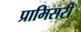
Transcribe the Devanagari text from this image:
प्रामिसरी